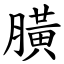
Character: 䐵